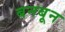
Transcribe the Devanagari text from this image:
बनबून